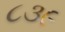
૮૩૯